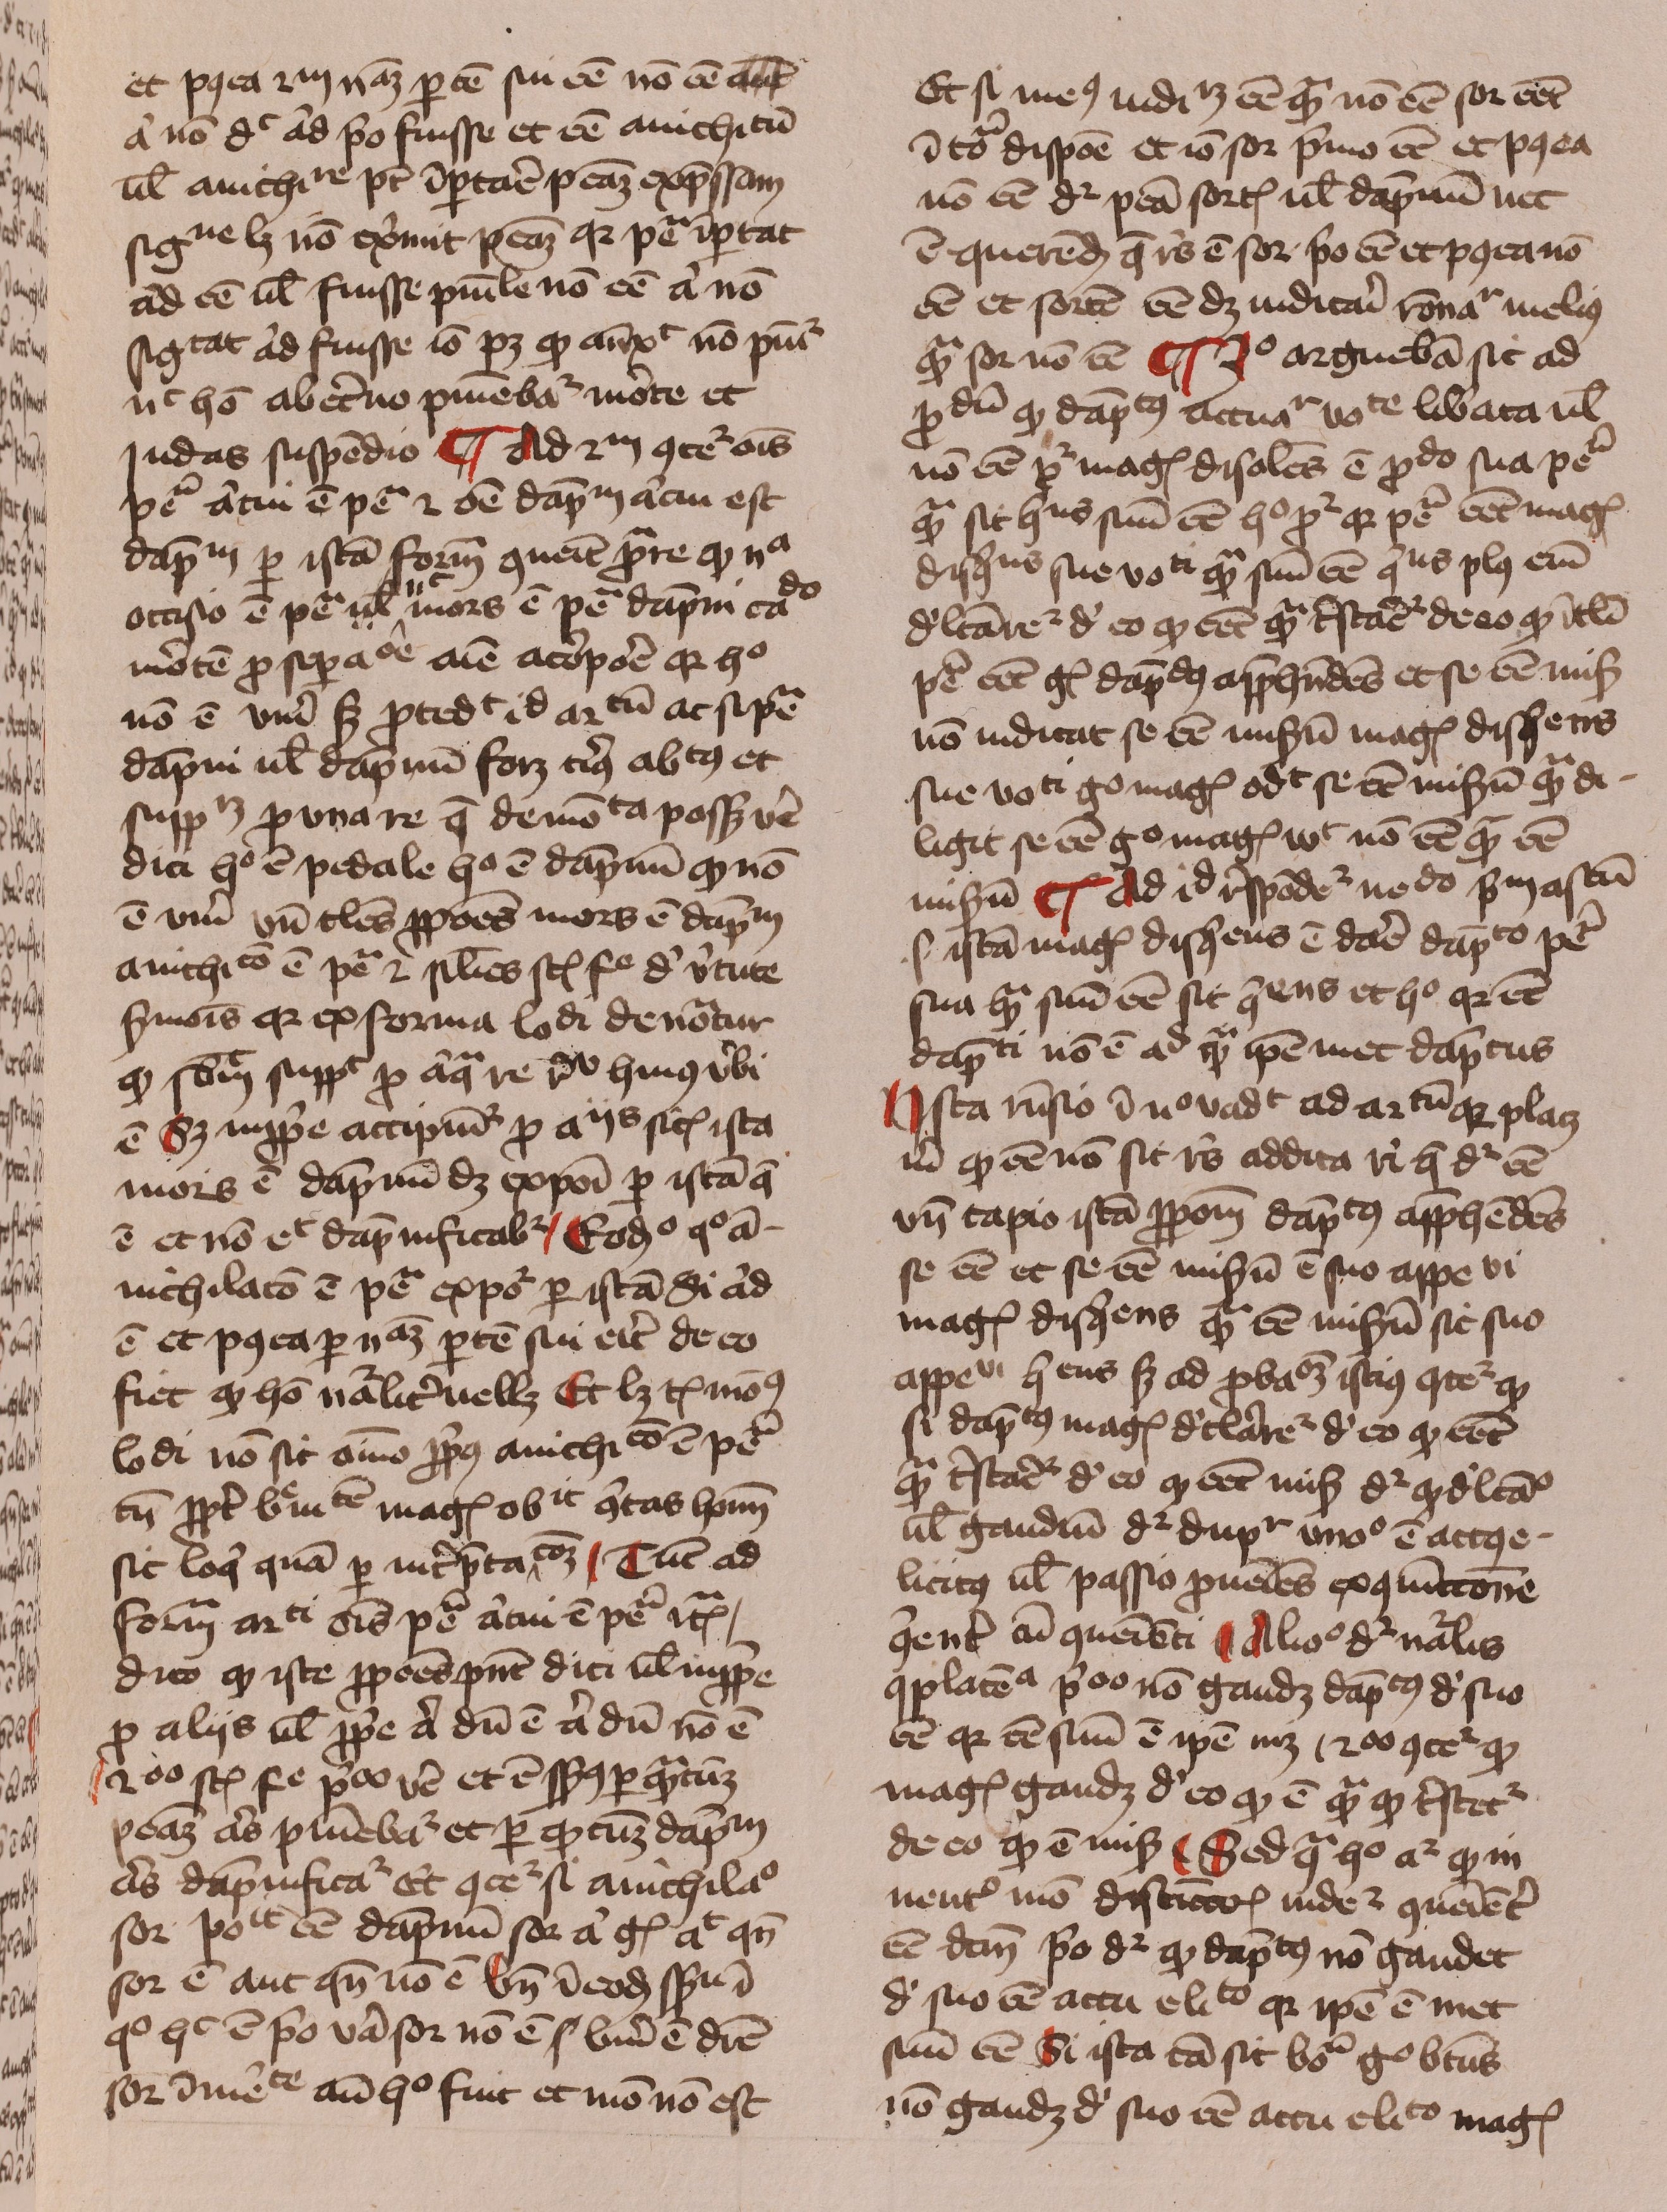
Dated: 1429–1431